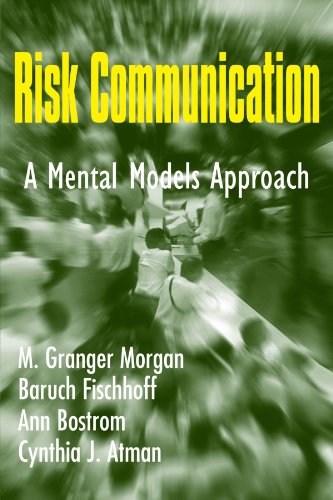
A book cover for Risk Communication: A Mental Models Approach; M. Granger Morgan; Medical Books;